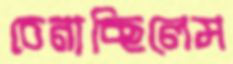
চেনাচ্ছিলেম